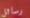
رسائل